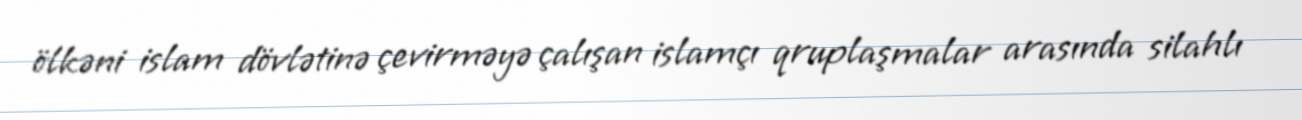
ölkəni islam dövlətinə çevirməyə çalışan islamçı qruplaşmalar arasında silahlı